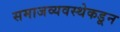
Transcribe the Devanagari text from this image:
समाजव्यवस्थेकडून